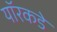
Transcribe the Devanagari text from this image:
यॉरकडे